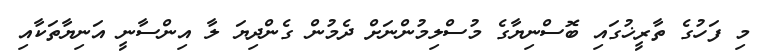
މި ފަހުގެ ތާރީޚުގައި ބޮސްނިޔާގެ މުސްލިމުންނަށް ދެމުން ގެންދިޔަ ލާ އިންސާނީ އަނިޔާތަކާއި